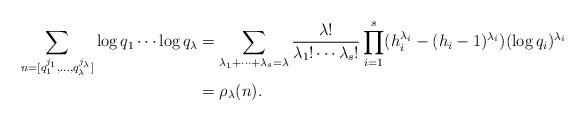
LaTeX: \begin{align*} \sum_{n=[q_{1}^{j_{1}},\ldots,q_{\lambda}^{j_{\lambda}}]}\log q_{1} \cdots \log q_{\lambda} &= \sum_{\lambda_1 + \cdots + \lambda_s = \lambda} \frac{\lambda !}{\lambda_1 ! \cdots \lambda_s !} \prod_{i=1}^s (h_i^{\lambda_i} - (h_i-1)^{\lambda_i})(\log q_i)^{\lambda_i}\\ &= \rho_{\lambda}(n).\end{align*}